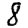
Digit: 8